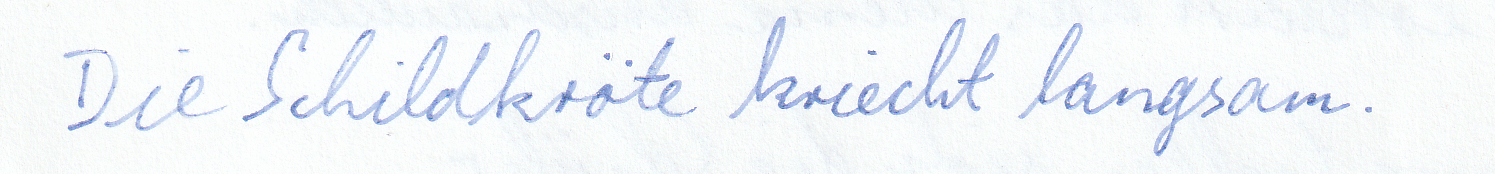
Die Schildkröte kriecht langsam.